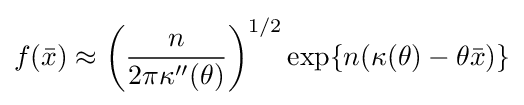
f({\bar {x}})\approx \left({\frac {n}{2\pi \kappa ''(\theta )}}\right)^{1/2}\exp\{n(\kappa (\theta )-\theta {\bar {x}})\}